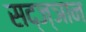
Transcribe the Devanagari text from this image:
सद्ज्ञान